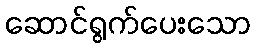
ဆောင်ရွက်ပေးသော